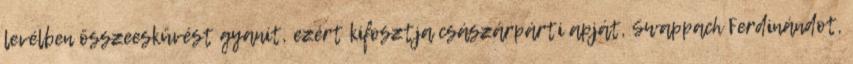
levélben összeesküvést gyanít, ezért kifosztja császárpárti apját, Swappach Ferdinándot,